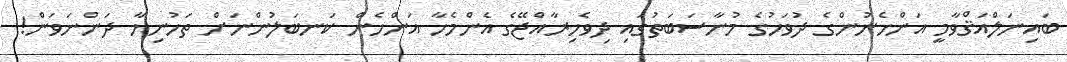
ބައިނަލްއަޤްވާމީ އަންހެނުންގެ ދުވަހުގެ މުނާސަބަތުގައި ދިވެހިރާއްޖޭގެ އެންމެހާ އަންހެން ކަނބަލުންނަށް ތަހުނިޔާ ދަންނަވަން!